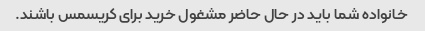
خانواده شما باید در حال حاضر مشغول خرید برای کریسمس باشند.